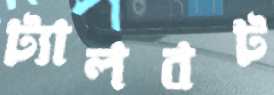
ট্যালবট